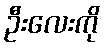
ဦးလေးကို